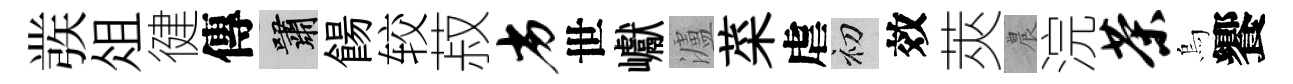
彂俎徤傳嘯餳较菽劣世巘瀘菜虐初效莢農浣茶烏饗